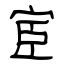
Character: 宦